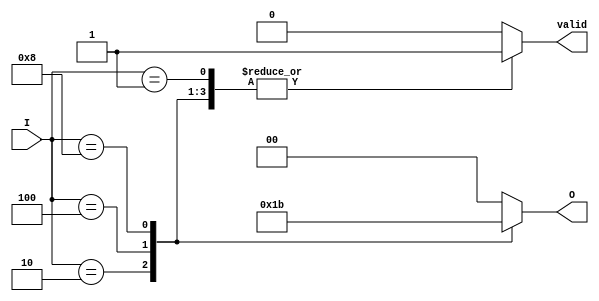
module binary_encoder (
    input wire [3:0] I,   // 4 input lines
    output reg [1:0] O,   // 2-bit output
    output reg valid       // Indicates if a valid input is active
);
    
    always @(*) begin
        case (I)
            4'b0000: begin
                O = 2'b00;   // No input active
                valid = 0;   // No valid input
            end
            4'b0001: begin
                O = 2'b00;   // Input 0 active
                valid = 1;
            end
            4'b0010: begin
                O = 2'b01;   // Input 1 active
                valid = 1;
            end
            4'b0100: begin
                O = 2'b10;   // Input 2 active
                valid = 1;
            end
            4'b1000: begin
                O = 2'b11;   // Input 3 active
                valid = 1;
            end
            default: begin
                O = 2'b00;   // Invalid state (multiple inputs active)
                valid = 0;   // No valid input
            end
        endcase
    end
    
endmodule